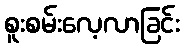
စူးစမ်းလေ့လာခြင်း